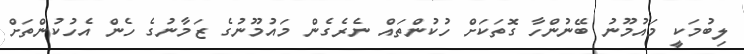
ލިބުމަކީ މައުމޫނު ބޭނުންހާ ގޮތަކަށް ހުކުންތައް ނެރެގެން މައުމޫނުގެ ޒަމާނުގެ ހެން އެހުކުންތަށް